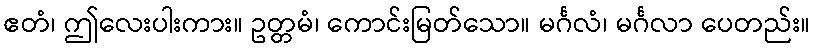
ဧတံ၊ ဤလေးပါးကား။ ဥတ္တမံ၊ ကောင်းမြတ်သော။ မင်္ဂလံ၊ မင်္ဂလာ ပေတည်း။